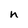
Character: n